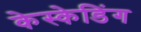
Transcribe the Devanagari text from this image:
केस्केडिंग